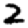
Digit: 2